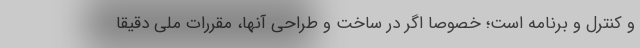
و کنترل و برنامه است؛ خصوصا اگر در ساخت و طراحی آنها، مقررات ملی دقیقا